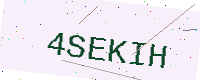
Text: 4SEKIH